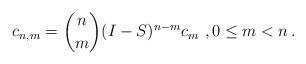
LaTeX: \begin{align*}c_{n,m} = \binom{n}{m}(I-S)^{n-m}c_m\ , 0\le m<n\,.\end{align*}